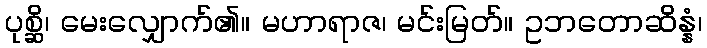
ပုစ္ဆိ၊ မေးလျှောက်၏။ မဟာရာဇ၊ မင်းမြတ်။ ဥဘတောဆိန္နံ၊